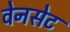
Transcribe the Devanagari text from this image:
वेनसेट